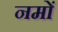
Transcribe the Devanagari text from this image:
नमों